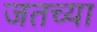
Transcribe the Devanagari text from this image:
जतच्या